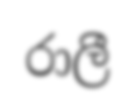
රාලී